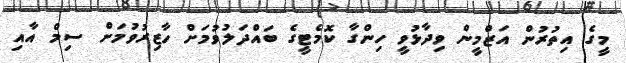
މީގެ އިތުރުން އަޒްމީން ވިދާޅުވީ ހިންގާ ކޮމެޓީގެ ބައްދަލުވުމަށް ހާޒިރުވުމަށް ސިމް އާއި